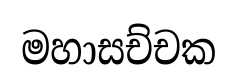
මහාසච්චක